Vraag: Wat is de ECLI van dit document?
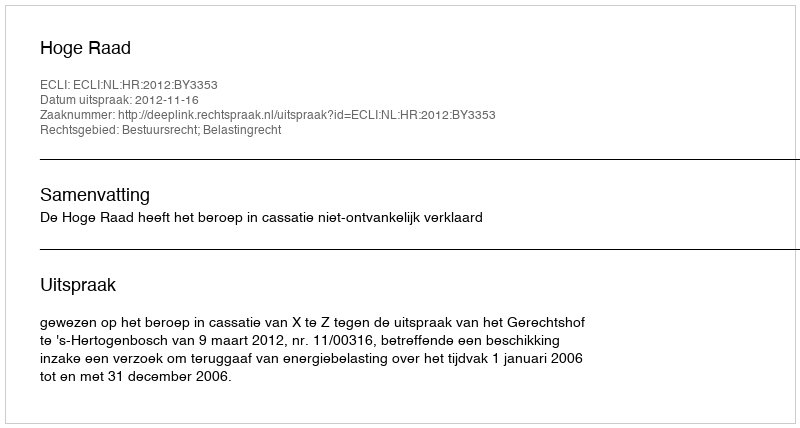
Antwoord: ECLI:NL:HR:2012:BY3353